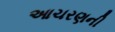
આચરણની